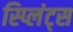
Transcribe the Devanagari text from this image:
स्प्लिंट्स